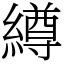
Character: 繜